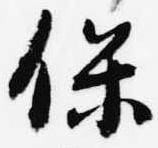
保